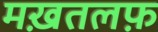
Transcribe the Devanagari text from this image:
मख़तलफ़